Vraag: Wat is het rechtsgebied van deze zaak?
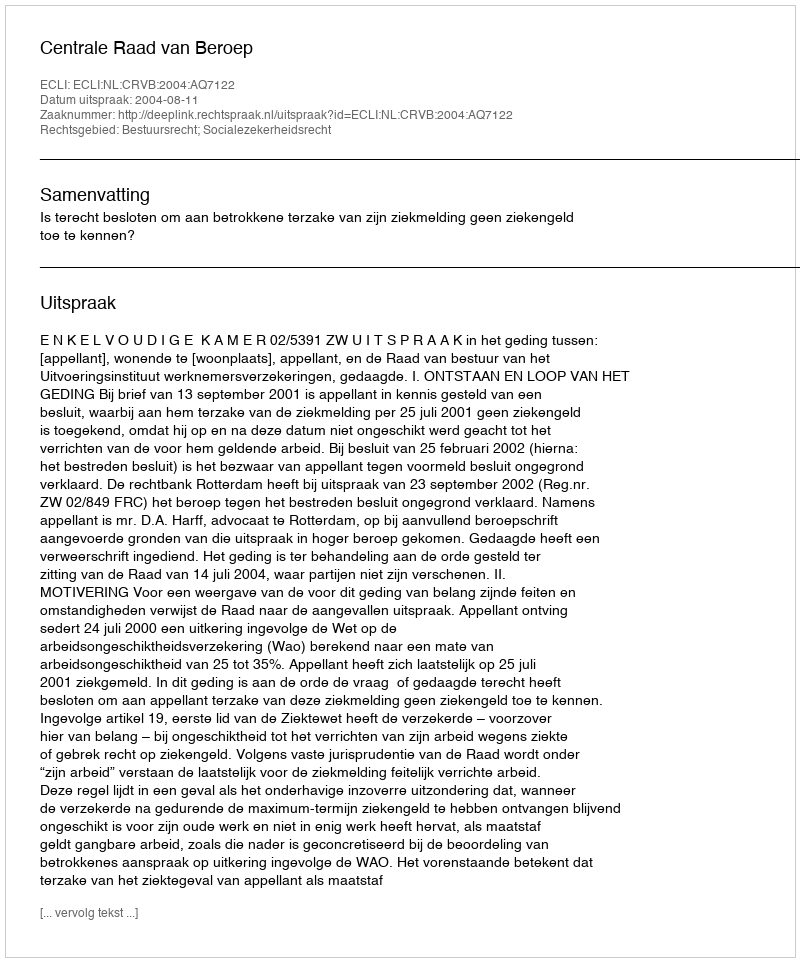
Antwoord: Bestuursrecht; Socialezekerheidsrecht